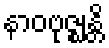
နာဝဗုဇ္ဈန္တိ